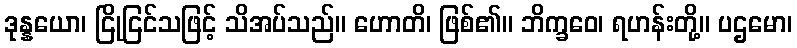
ဒုန္နယော၊ ငြိုငြင်သဖြင့် သိအပ်သည်။ ဟောတိ၊ ဖြစ်၏။ ဘိက္ခဝေ၊ ရဟန်းတို့။ ပဌမော၊